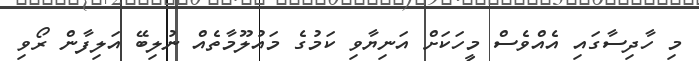
މި ހާދިސާގައި އެއްވެސް މީހަކަށް އަނިޔާވި ކަމުގެ މައުލޫމާތެއް ނުލިބޭ އަލިފާން ރޯވި